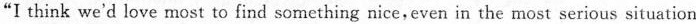
"I think we'd love most to find something nice,even inthe most serious situation